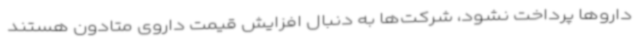
داروها پرداخت نشود، شرکت‌ها به دنبال افزایش قیمت داروی متادون هستند